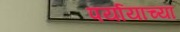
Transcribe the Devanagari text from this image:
पर्यायाच्या